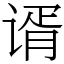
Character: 谞